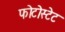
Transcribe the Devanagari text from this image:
फोटोस्टेट